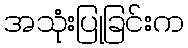
အသုံးပြုခြင်းက